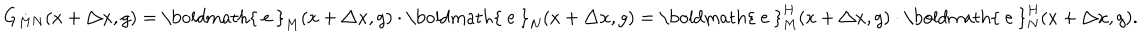
G _ { M N } ( x + \triangle x , g ) = \mathrm { \boldmath { ~ e ~ } } _ { M } ( x + \triangle x , g ) \cdot \mathrm { \boldmath { ~ e ~ } } _ { N } ( x + \triangle x , g ) = \mathrm { \boldmath { ~ e ~ } } _ { M } ^ { H } ( x + \triangle x , g ) \cdot \mathrm { \boldmath { ~ e ~ } } _ { N } ^ { H } ( x + \triangle x , g ) .